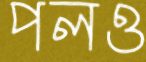
পলও